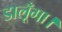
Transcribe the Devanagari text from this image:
डालूँगा।